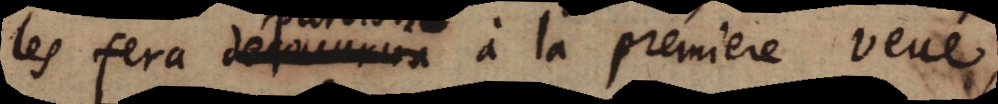
les fera _ à la premiere veue,